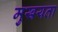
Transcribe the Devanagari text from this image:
मुखयता